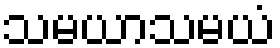
သမယာသမယံ